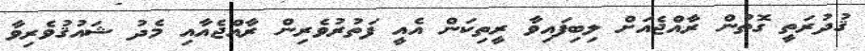
ޤުދުރަތީ ގޮތުން ރާއްޖެއަށް ލިބިފައިވާ ރީތިކަން އެއީ ފަތުރުވެރިން ރާއްޖެއާއި މެދު ޝައުޤުވެރިވާ